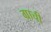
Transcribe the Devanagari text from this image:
ग्राची